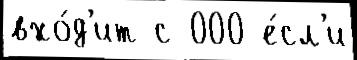
вхо́д'ит с 000 е́сл'и